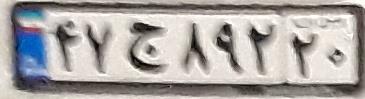
۴۷ج۸۹۲۲۰